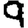
Digit: 9